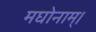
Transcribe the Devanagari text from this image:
मघोनाम्।